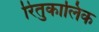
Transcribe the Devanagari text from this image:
रितुकालिक